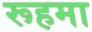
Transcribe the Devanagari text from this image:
रूहमा